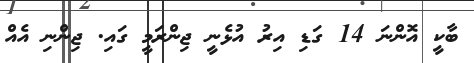
ބާކީ އޮންނަ 14 ގަޑި އިރު އުޅެނީ ޖިންރަމީ ގައި. ޖިންނި އެއް